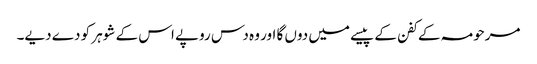
مرحومہ کے کفن کے پیسے میں دوں گا اور وہ دس روپے اس کے شوہر کو دے دیے۔